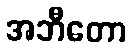
အဘီတော